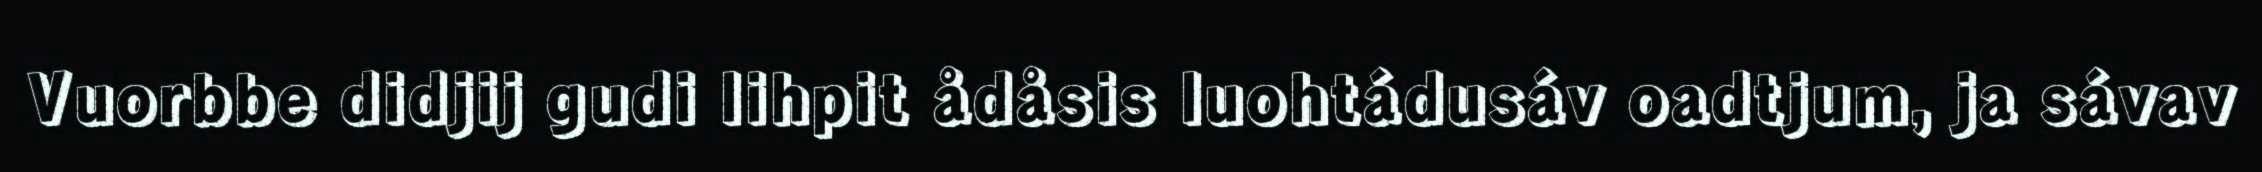
Vuorbbe didjij gudi lihpit ådåsis luohtádusáv oadtjum, ja sávav